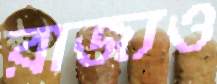
রাজ্যও